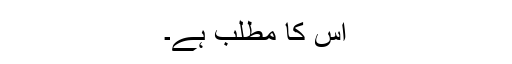
اس کا مطلب ہے۔